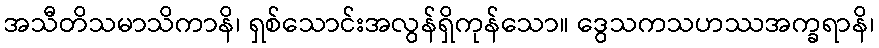
အသီတိသမာသိကာနိ၊ ရှစ်သောင်းအလွန်ရှိကုန်သော။ ဒွေသကသဟဿအက္ခရာနိ၊